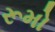
રૂમો